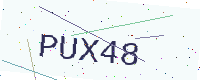
Text: PUX48